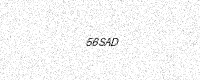
Text: 56SAD